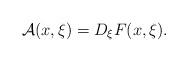
LaTeX: \begin{align*}\mathcal{A}(x,\xi)= D_{\xi}F(x,\xi). \end{align*}